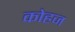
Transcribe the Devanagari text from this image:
कोहज